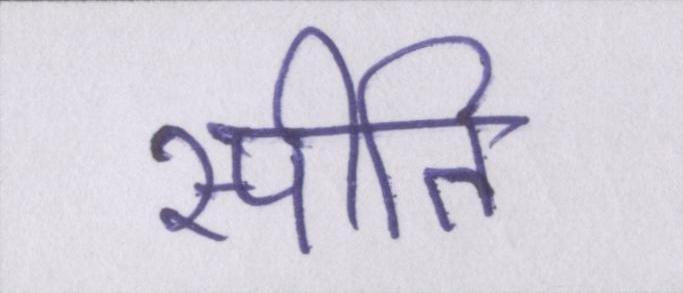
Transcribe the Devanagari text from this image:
स्पीति